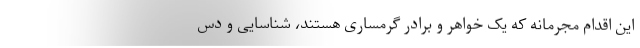
این اقدام مجرمانه که یک خواهر و برادر گرمساری هستند، شناسایی و دس